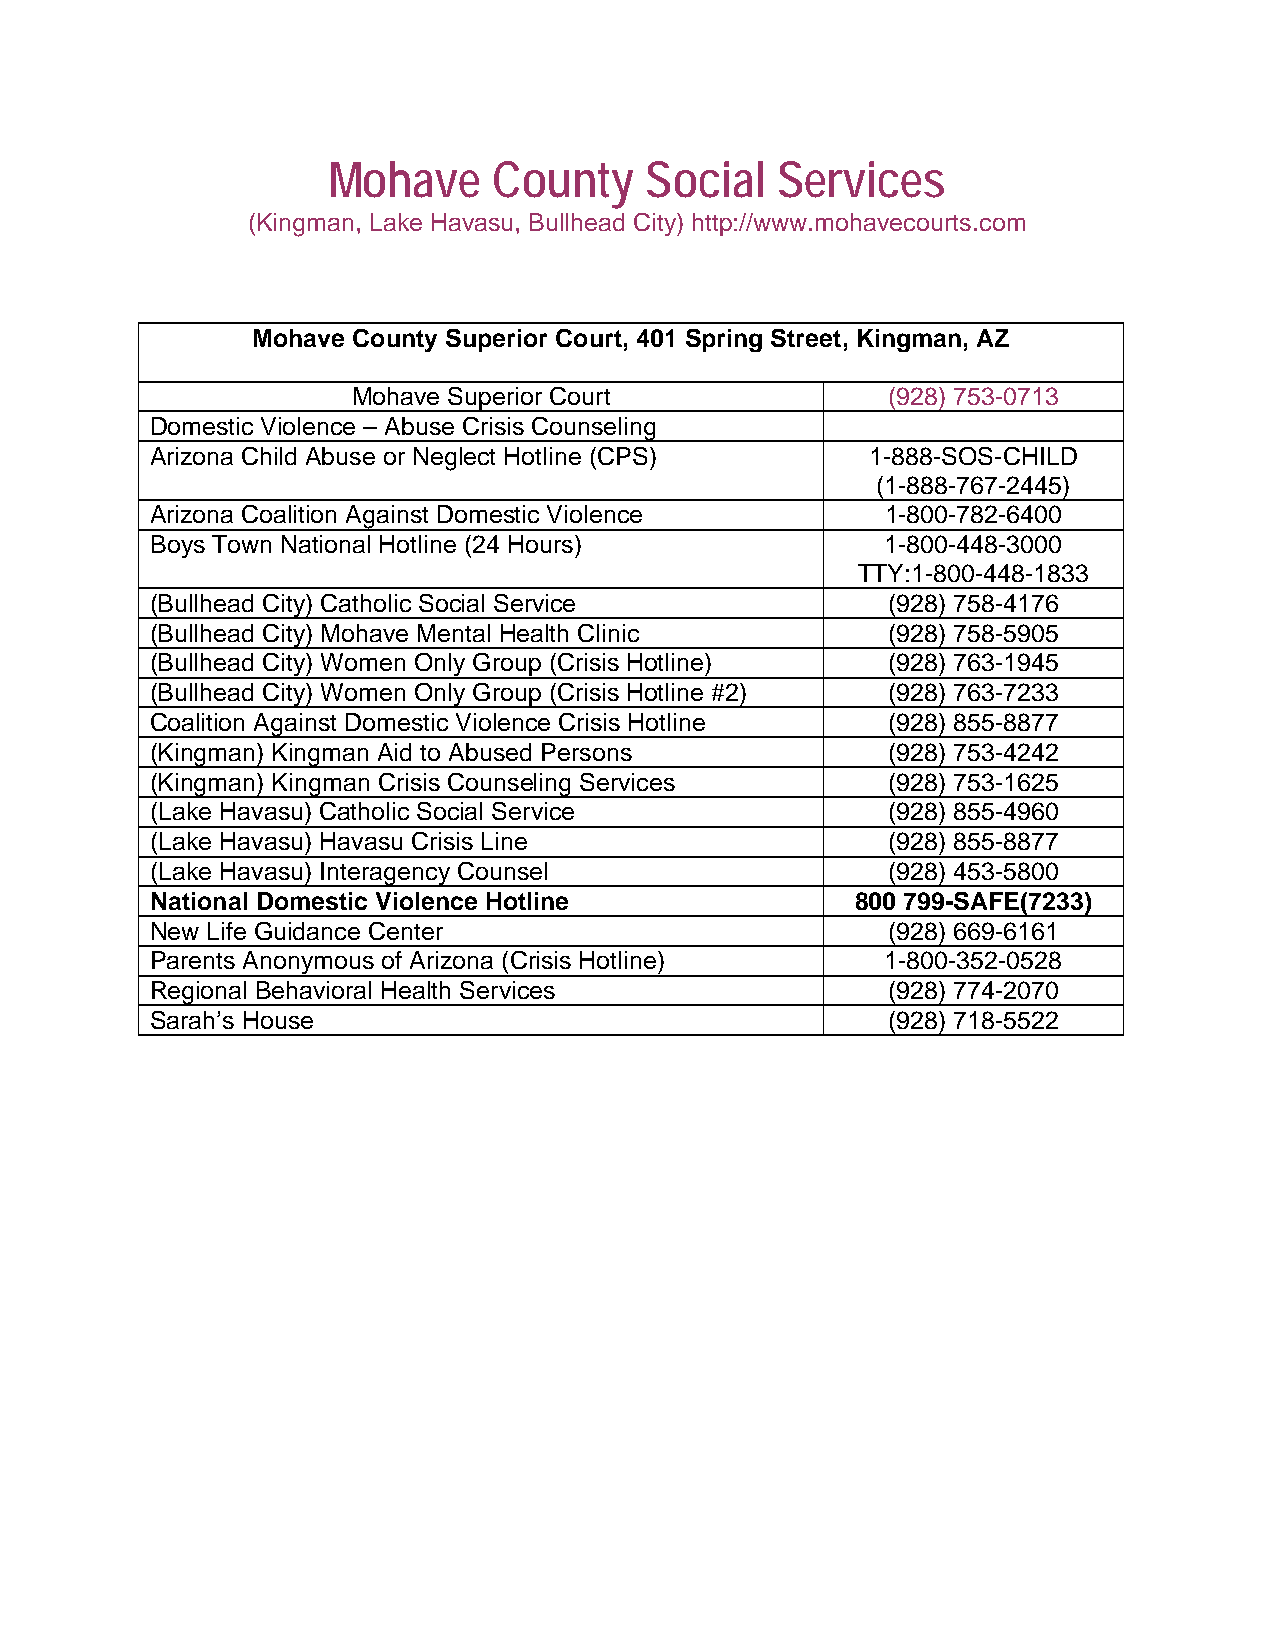
Mohave     County    Social  Services
 (Kingman, Lake Havasu, Bullhead City) http://www.mohavecourts.com
 Mohave County Superior Court, 401 Spring Street, Kingman, AZ
 Mohave Superior Court               (928) 753-0713
 Domestic Violence – Abuse Crisis Counseling
 Arizona Child Abuse or Neglect Hotline (CPS)    1-888-SOS-CHILD
 (1-888-767-2445)
 Arizona Coalition Against Domestic Violence      1-800-782-6400
 Boys Town National Hotline (24 Hours)            1-800-448-3000
 TTY:1-800-448-1833
 (Bullhead City) Catholic Social Service          (928) 758-4176
 (Bullhead City) Mohave Mental Health Clinic      (928) 758-5905
 (Bullhead City) Women Only Group (Crisis Hotline) (928) 763-1945
 (Bullhead City) Women Only Group (Crisis Hotline #2) (928) 763-7233
 Coalition Against Domestic Violence Crisis Hotline (928) 855-8877
 (Kingman) Kingman Aid to Abused Persons          (928) 753-4242
 (Kingman) Kingman Crisis Counseling Services     (928) 753-1625
 (Lake Havasu) Catholic Social Service            (928) 855-4960
 (Lake Havasu) Havasu Crisis Line                 (928) 855-8877
 (Lake Havasu) Interagency Counsel                (928) 453-5800
 National Domestic Violence Hotline             800 799-SAFE(7233)
 New Life Guidance Center                         (928) 669-6161
 Parents Anonymous of Arizona (Crisis Hotline)    1-800-352-0528
 Regional Behavioral Health Services              (928) 774-2070
 Sarah’s House                                    (928) 718-5522